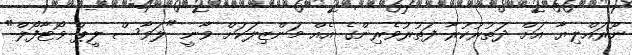
ނޫރައްލިޔާ އަށް ދަތުރުކުރާ ފަތުރުވެރިންގެ އެއް މަންޒިލަކަށް ވާނީ "ލަވާސް ލީޕް ވޯޓާފޯލް"